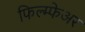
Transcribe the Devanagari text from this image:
फिल्म्फेअर